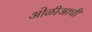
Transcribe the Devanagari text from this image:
ओळीआधी